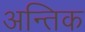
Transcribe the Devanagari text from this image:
अन्तिक